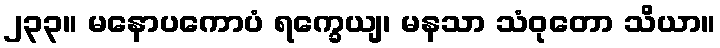
၂၃၃။ မနောပကောပံ ရက္ခေယျ၊ မနသာ သံဝုတော သိယာ။